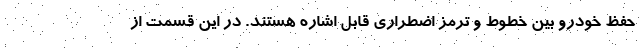
حفظ خودرو بین خطوط و ترمز اضطراری قابل اشاره هستند. در این قسمت از